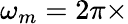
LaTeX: \omega_{m}=2\pi\times